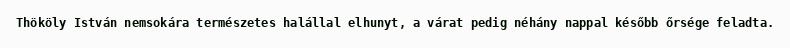
Thököly István nemsokára természetes halállal elhunyt, a várat pedig néhány nappal később őrsége feladta.